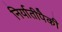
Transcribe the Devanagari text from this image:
निर्यातीपैकी